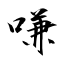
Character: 嗛